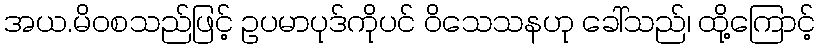
အယ.မိဝစသည်ဖြင့် ဥပမာပုဒ်ကိုပင် ဝိသေသနဟု ခေါ်သည်၊ ထို့ကြောင့်